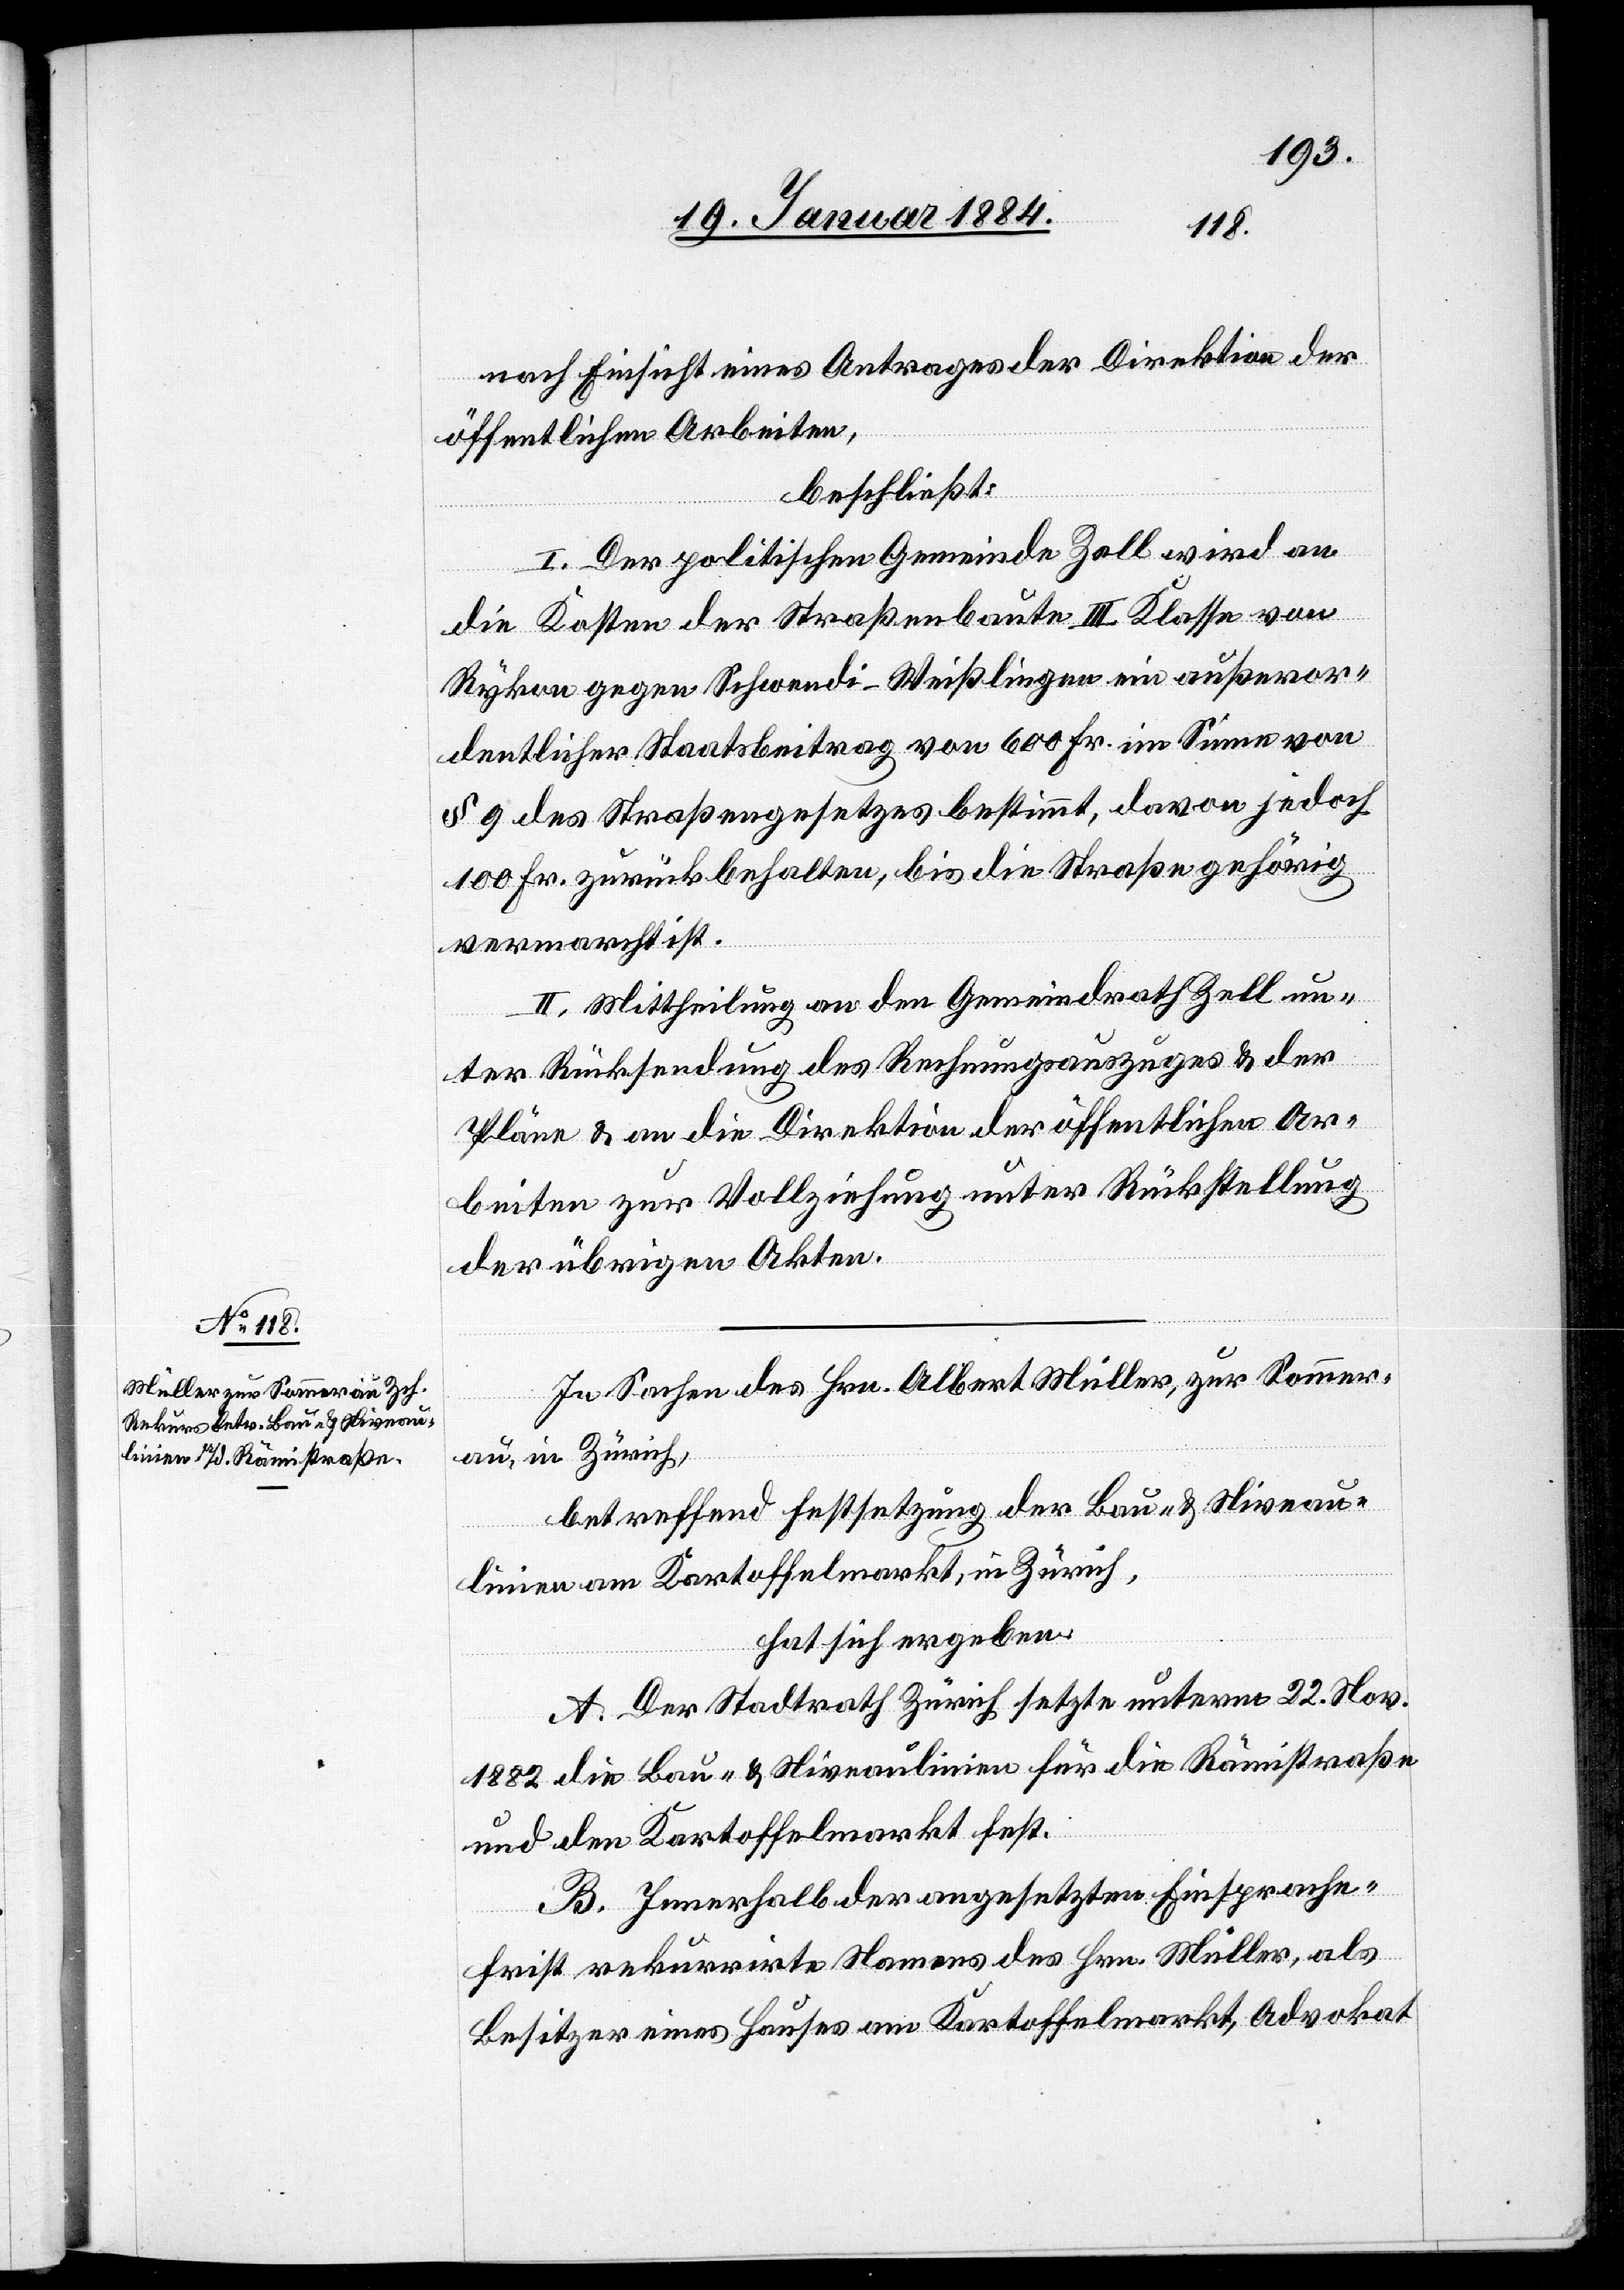
nach Einsicht eines Antrages der Direktion der
öffentlichen Arbeiten,
beschließt:
I. Der politischen Gemeinde Zell wird an
die Kosten der Straßenbaute III. Klasse von
Rykon gegen Schwendi–Weißlingen ein außeror¬
dentlicher Staatsbeitrag von 600 Fr. im Sinne von
§ 9 des Straßengesetztes bestimmt, davon jedoch
100 Fr. zurück behalten, bis die Straße gehörig
vermarcht ist.
II. Mittheilung an den Gemeindrath Zell un¬
ter Rücksendung des Rechnungsauszuges & der
Pläne & an die Direktion der öffentlichen Ar¬
beiten zur Vollziehung unter Rückstellung
der übrigen Akten.
In Sachen des Hrn. Albert Müller, zur Sommer¬
au, in Zürich,
betreffend Festsetzung der Bau- & Niveau¬
linien am Kartoffelmarkt, in Zürich,
hat sich ergeben:
A. Der Stadtrath Zürich setzte unterm 22. Nov.
1882 die Bau- & Niveaulinien für die Rämistraße
und den Kartoffelmarkt fest.
B. Innerhalb der angesetzten Einsprache¬
frist rekurrirte Namens des Hrn. Müller, als
Besitzer eines Hauses am Kartoffelmarkt, Advokat